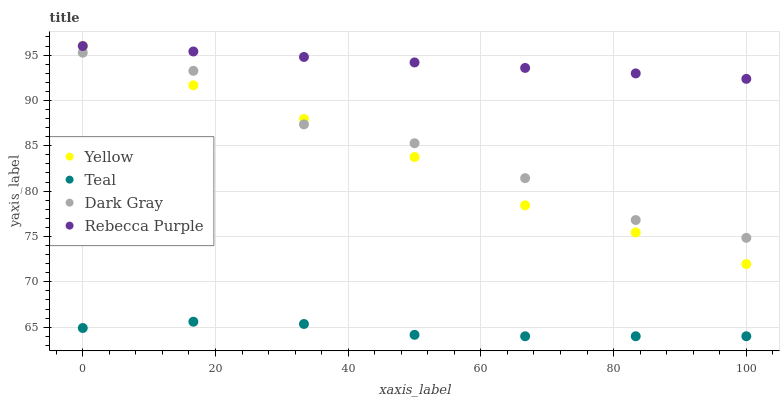
| xaxis_label | Yellow | Teal | Dark Gray | Rebecca Purple |
 | --- | --- | --- | --- | --- |
 | 0 | 96 | 64.9 | 95.3 | 96 |
 | 16.7 | 91.7 | 65.6 | 93.3 | 95.4 |
 | 33.3 | 87.9 | 65.4 | 87.4 | 94.8 |
 | 50 | 83.8 | 64.2 | 85.3 | 94.2 |
 | 66.7 | 78.4 | 64 | 81.4 | 93.6 |
 | 83.3 | 75.4 | 64 | 76.8 | 93 |
 | 100 | 72 | 64 | 74.8 | 92.4 |